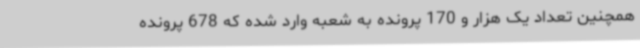
همچنین تعداد یک هزار و 170 پرونده به شعبه وارد شده که 678 پرونده